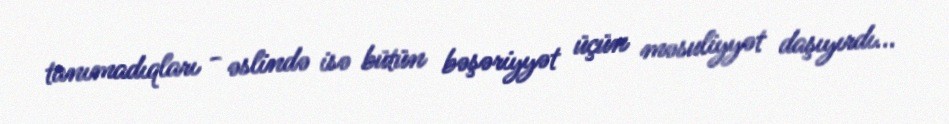
tanımadıqları - əslində isə bütün bəşəriyyət üçün məsuliyyət daşıyırdı...